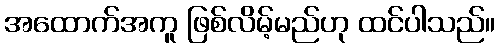
အထောက်အကူ ဖြစ်လိမ့်မည်ဟု ထင်ပါသည်။